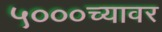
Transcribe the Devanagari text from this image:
५०००च्यावर